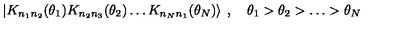
\left| K _ { n _ { 1 } n _ { 2 } } ( \theta _ { 1 } ) K _ { n _ { 2 } n _ { 3 } } ( \theta _ { 2 } ) \ldots K _ { n _ { N } n _ { 1 } } ( \theta _ { N } ) \right\rangle \: , \quad \theta _ { 1 } > \theta _ { 2 } > \ldots > \theta _ { N }